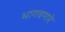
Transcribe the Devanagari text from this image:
भागवणारे